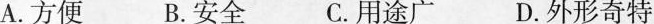
A.方便 B.安全 C.用途广 D.外形奇特